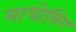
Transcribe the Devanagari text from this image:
माधोसिंग